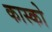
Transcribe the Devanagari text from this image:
कास्को